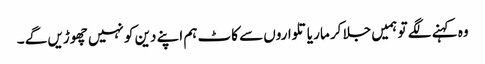
وہ کہنے لگے تو ہمیں جلا کر مار یا تلواروں سے کاٹ ہم اپنے دین کو نہیں چھوڑیں گے ۔